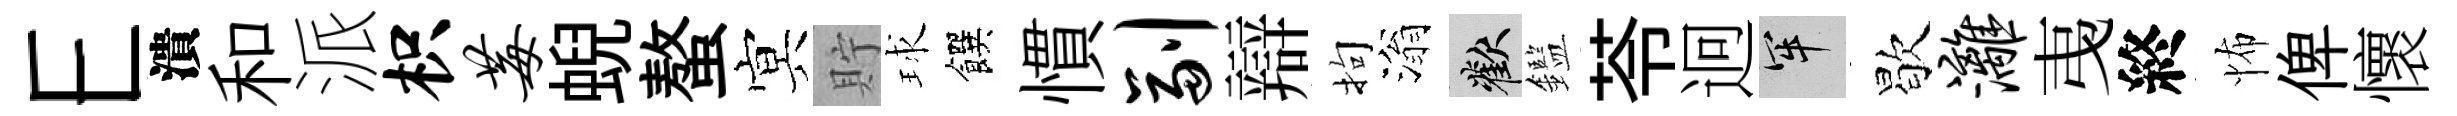
E潰和派枳莓蜺螯㝠貯球饌慣副辯拘滃歡鑑苓迥牢歇漓𢎯終怖俾懷